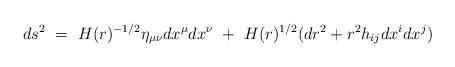
LaTeX: \begin{align*}ds^2~ =~ H(r)^{-1/2}\eta_{\mu\nu}dx^{\mu}dx^{\nu}~+~H(r)^{1/2}(dr^2+r^2h_{ij}dx^idx^j)\end{align*}